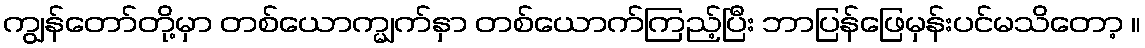
ကျွန်တော်တို့မှာ တစ်ယောက္မျက်နှာ တစ်ယောက်ကြည့်ပြီး ဘာပြန်ဖြေမှန်းပင်မသိတော့ ။